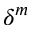
\delta ^ { m }